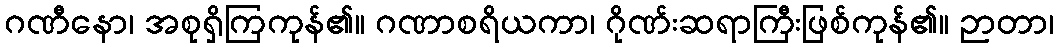
ဂဏီနော၊ အစုရှိကြကုန်၏။ ဂဏာစရိယကာ၊ ဂိုဏ်းဆရာကြီးဖြစ်ကုန်၏။ ဉာတာ၊